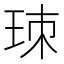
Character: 𤤹